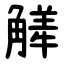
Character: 觲